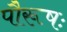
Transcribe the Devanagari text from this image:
पौरूषः